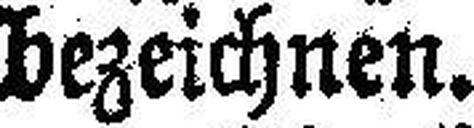
bezeichnen.